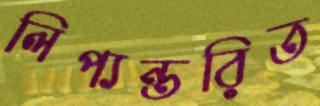
লিপ্যন্তরিত